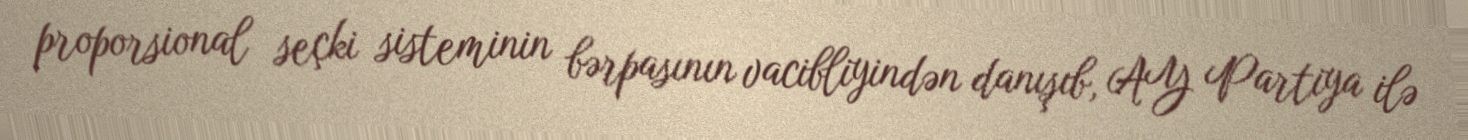
proporsional seçki sisteminin bərpasının vacibliyindən danışıb, AY Partiya ilə